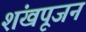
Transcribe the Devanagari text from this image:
शंखपूजन